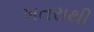
ખતરાથી